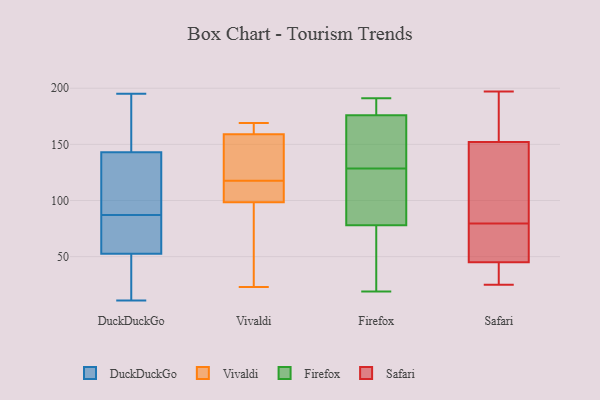
{"axis": {"x": "Operating Costs (USD K)", "y": "Value"}, "legend": ["DuckDuckGo", "Firefox", "Safari", "Vivaldi"], "data": [{"x": "", "y": 92, "type": "DuckDuckGo"}, {"x": "", "y": 137, "type": "DuckDuckGo"}, {"x": "", "y": 82, "type": "DuckDuckGo"}, {"x": "", "y": 189, "type": "DuckDuckGo"}, {"x": "", "y": 11, "type": "DuckDuckGo"}, {"x": "", "y": 63, "type": "DuckDuckGo"}, {"x": "", "y": 53, "type": "DuckDuckGo"}, {"x": "", "y": 103, "type": "DuckDuckGo"}, {"x": "", "y": 100, "type": "DuckDuckGo"}, {"x": "", "y": 46, "type": "DuckDuckGo"}, {"x": "", "y": 70, "type": "DuckDuckGo"}, {"x": "", "y": 52, "type": "DuckDuckGo"}, {"x": "", "y": 195, "type": "DuckDuckGo"}, {"x": "", "y": 169, "type": "DuckDuckGo"}, {"x": "", "y": 149, "type": "DuckDuckGo"}, {"x": "", "y": 18, "type": "DuckDuckGo"}, {"x": "", "y": 112, "type": "Vivaldi"}, {"x": "", "y": 125, "type": "Vivaldi"}, {"x": "", "y": 150, "type": "Vivaldi"}, {"x": "", "y": 101, "type": "Vivaldi"}, {"x": "", "y": 47, "type": "Vivaldi"}, {"x": "", "y": 168, "type": "Vivaldi"}, {"x": "", "y": 116, "type": "Vivaldi"}, {"x": "", "y": 96, "type": "Vivaldi"}, {"x": "", "y": 119, "type": "Vivaldi"}, {"x": "", "y": 23, "type": "Vivaldi"}, {"x": "", "y": 169, "type": "Vivaldi"}, {"x": "", "y": 169, "type": "Vivaldi"}, {"x": "", "y": 32, "type": "Firefox"}, {"x": "", "y": 78, "type": "Firefox"}, {"x": "", "y": 50, "type": "Firefox"}, {"x": "", "y": 176, "type": "Firefox"}, {"x": "", "y": 180, "type": "Firefox"}, {"x": "", "y": 157, "type": "Firefox"}, {"x": "", "y": 139, "type": "Firefox"}, {"x": "", "y": 191, "type": "Firefox"}, {"x": "", "y": 91, "type": "Firefox"}, {"x": "", "y": 35, "type": "Firefox"}, {"x": "", "y": 19, "type": "Firefox"}, {"x": "", "y": 87, "type": "Firefox"}, {"x": "", "y": 181, "type": "Firefox"}, {"x": "", "y": 149, "type": "Firefox"}, {"x": "", "y": 156, "type": "Firefox"}, {"x": "", "y": 109, "type": "Firefox"}, {"x": "", "y": 181, "type": "Firefox"}, {"x": "", "y": 118, "type": "Firefox"}, {"x": "", "y": 197, "type": "Safari"}, {"x": "", "y": 144, "type": "Safari"}, {"x": "", "y": 35, "type": "Safari"}, {"x": "", "y": 150, "type": "Safari"}, {"x": "", "y": 67, "type": "Safari"}, {"x": "", "y": 170, "type": "Safari"}, {"x": "", "y": 50, "type": "Safari"}, {"x": "", "y": 171, "type": "Safari"}, {"x": "", "y": 60, "type": "Safari"}, {"x": "", "y": 152, "type": "Safari"}, {"x": "", "y": 25, "type": "Safari"}, {"x": "", "y": 27, "type": "Safari"}, {"x": "", "y": 47, "type": "Safari"}, {"x": "", "y": 84, "type": "Safari"}, {"x": "", "y": 156, "type": "Safari"}, {"x": "", "y": 29, "type": "Safari"}, {"x": "", "y": 43, "type": "Safari"}, {"x": "", "y": 140, "type": "Safari"}, {"x": "", "y": 152, "type": "Safari"}, {"x": "", "y": 75, "type": "Safari"}]}